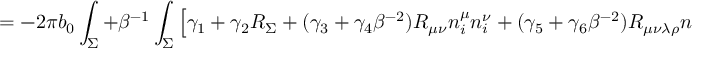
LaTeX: = - 2 \pi b _ { 0 } \int _ { \Sigma } + \beta ^ { - 1 } \int _ { \Sigma } \left[ \gamma _ { 1 } + \gamma _ { 2 } R _ { \Sigma } + ( \gamma _ { 3 } + \gamma _ { 4 } \beta ^ { - 2 } ) R _ { \mu \nu } n _ { i } ^ { \mu } n _ { i } ^ { \nu } + ( \gamma _ { 5 } + \gamma _ { 6 } \beta ^ { - 2 } ) R _ { \mu \nu \lambda \rho } n _ { i } ^ { \mu } n _ { i } ^ { \lambda } n _ { j } ^ { \nu } n _ { j } ^ { \rho } \right] ~ ~ ~